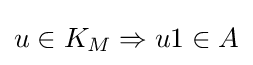
u\in K_{M}\Rightarrow u1\in A